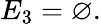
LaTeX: E_{3}=\varnothing.